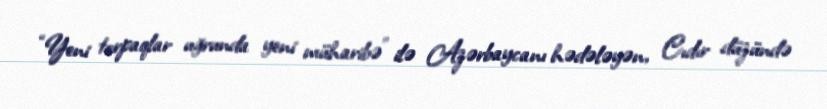
“Yeni torpaqlar uğrunda yeni müharibə” ilə Azərbaycanı hədələyən, Cıdır düzündə